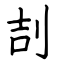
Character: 㓤